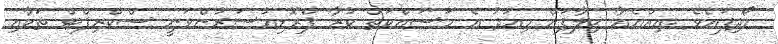
ހޯދިފައެވެ .އިއްޔެއާ ޚިލާފަށް މިއަދު އެ މަސައްކަތް ކުރާ ޕްރޮޑިއުސަރުންވަނީ ސްކްރިޕްޓް ތަކާއި